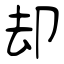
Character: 却